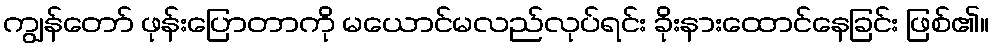
ကျွန်တော် ဖုန်းပြောတာကို မယောင်မလည်လုပ်ရင်း ခိုးနားထောင်နေခြင်း ဖြစ်၏။